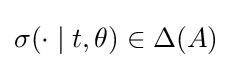
\sigma (\cdot \mid t,\theta )\in \Delta (A)